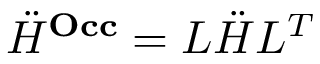
\ddot { H } ^ { \mathbf { O c c } } = L \ddot { H } L ^ { T }